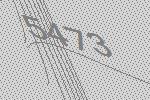
5473